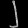
Digit: ၂